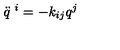
\ddot { q } ^ { \ i } = - k _ { i j } q ^ { j }